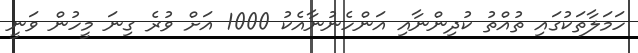
ހަމަލާތަކުގައި ތުއްތު ކުދިންނާއި އަންހެނުނާއެކު 1000 އަށް ވުރެ ގިނަ މީހުން ވަނީ